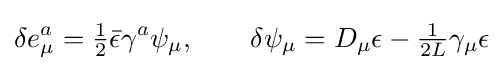
\delta e_{\mu }^{a}={\tfrac {1}{2}}{\bar {\epsilon }}\gamma ^{a}\psi _{\mu },\ \ \ \ \ \ \delta \psi _{\mu }=D_{\mu }\epsilon -{\tfrac {1}{2L}}\gamma _{\mu }\epsilon